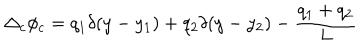
\Delta _ { c } \phi _ { c } = q _ { 1 } \delta ( y - y _ { 1 } ) + q _ { 2 } \delta ( y - y _ { 2 } ) - \frac { q _ { 1 } + q _ { 2 } } { L }